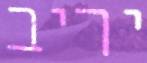
יריב